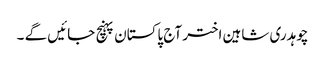
چوہدری شاہین اختر آج پاکستان پہنچ جائیں گے ۔